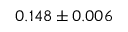
0 . 1 4 8 \pm 0 . 0 0 6